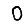
Digit: 0